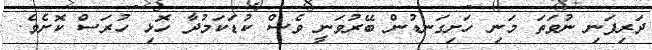
ދަރިފަނި ނުވަތަ މަނި ހަށިގަނޑުން ބޭރުވަނީ ވެސް ކުޑަކަމުދާ ހޮޅި ހުރަސް ކޮށެވެ.